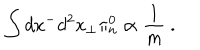
\int d x ^ { - } d ^ { 2 } x _ { \perp } \pi _ { \mathrm { n } } ^ { 0 } \propto \frac { 1 } { m } \ .